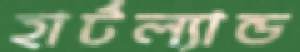
হার্টল্যান্ড